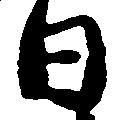
日